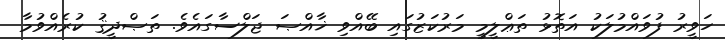
ހަވީރު ފުވައްމުލަކު އަތޮޅު ތަޢްލީމީ މަރުކަޒުގައި ބޭއްވި ޚާއްޞަ ޖަލްސާގައެވެ. ތަޞްދީޤު ކުރެއްވުމާ